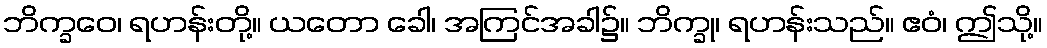
ဘိက္ခဝေ၊ ရဟန်းတို့။ ယတော ခေါ၊ အကြင်အခါ၌။ ဘိက္ခု၊ ရဟန်းသည်။ ဧဝံ၊ ဤသို့။